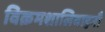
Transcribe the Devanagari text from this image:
विक्रमशालिवाहनौ